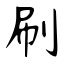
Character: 刷